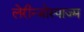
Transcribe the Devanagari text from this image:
लेरीन्जोस्पाज्म